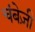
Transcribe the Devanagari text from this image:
चंबेज़ी